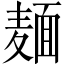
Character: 麺